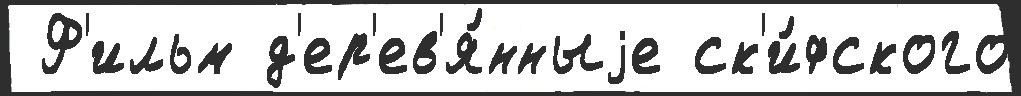
 Ф'ильм д'ер'ев'я́нныjе ск'и́фского